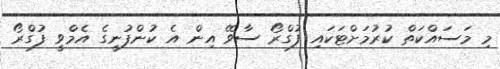
މި މަސައްކަތް ކުރުމަށްޓަކައި ފުގްރޯ ސާވޭ އިން އެ ކުންފުނީގެ އެމްވީ ފުގްރޯ